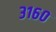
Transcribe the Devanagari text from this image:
३१६०